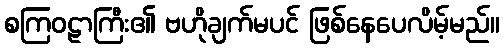
စကြဝဠာကြီး၏ ဗဟိုချက်မပင် ဖြစ်နေပေလိမ့်မည်။